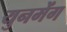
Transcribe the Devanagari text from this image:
युनमेंग